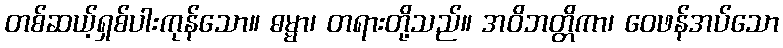
တစ်ဆယ့်ရှစ်ပါးကုန်သော။ ဓမ္မာ၊ တရားတို့သည်။ အဝိဘတ္တိကာ၊ ဝေဖန်အပ်သော